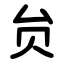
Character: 贠